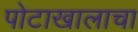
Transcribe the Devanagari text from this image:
पोटाखालाचा